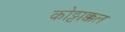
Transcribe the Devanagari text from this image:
कोट्टाक्कल